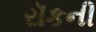
રૉકની